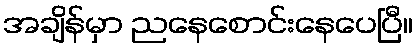
အချိန်မှာ ညနေစောင်းနေပေပြီ။